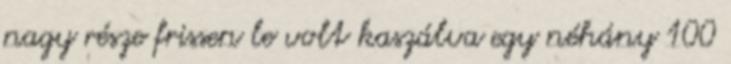
nagy része frissen le volt kaszálva egy néhány 100